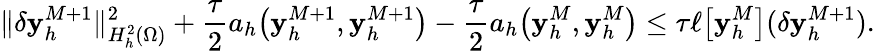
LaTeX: \| \delta\mathbf{y}_{h}^{M+1}\| _{H_{h}^{2}(\Omega)}^{2}+\frac{\tau}{2}a_{h}\big(\mathbf{y}_{h}^{M+1},\mathbf{y}_{h}^{M+1}\big)-\frac{\tau}{2}a_{h}\big(\mathbf{y}_{h}^{M},\mathbf{y}_{h}^{M}\big)\leq\tau\ell\big[\mathbf{y}_{h}^{M}\big](\delta\mathbf{y}_{h}^{M+1}).